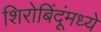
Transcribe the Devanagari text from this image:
शिरोबिंदूंमध्ये